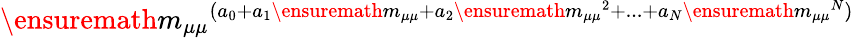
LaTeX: \ensuremath{m_{\mu\mu}}^{(a_{0}+a_{1}\ensuremath{m_{\mu\mu}}+a_{2}\ensuremath{m_{\mu\mu}}^{2}+...+a_{N}\ensuremath{m_{\mu\mu}}^{N})}